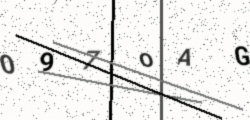
Text: 097OAG